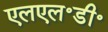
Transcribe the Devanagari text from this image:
एलएल॰डी॰